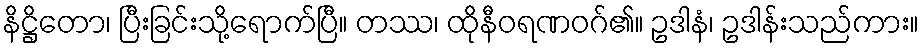
နိဋ္ဌိတော၊ ပြီးခြင်းသို့ရောက်ပြီ။ တဿ၊ ထိုနီဝရဏဝဂ်၏။ ဥဒါနံ၊ ဥဒါန်းသည်ကား။